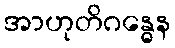
အာဟုတိဂန္ဓေန